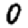
Digit: 0